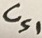
Text: Cs1